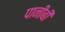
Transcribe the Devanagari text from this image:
पानीबी